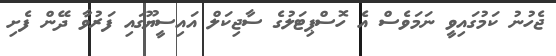
ޖެހުނު ކަމުގައިވީ ނަމަވެސް އެ ހޮސްޕިޓަލުގެ ސާޖިކަލް އައިސީޔޫގައި ފަރުވާ ދޭން ފެށި